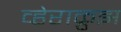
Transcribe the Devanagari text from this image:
व्हेराक्रुझ